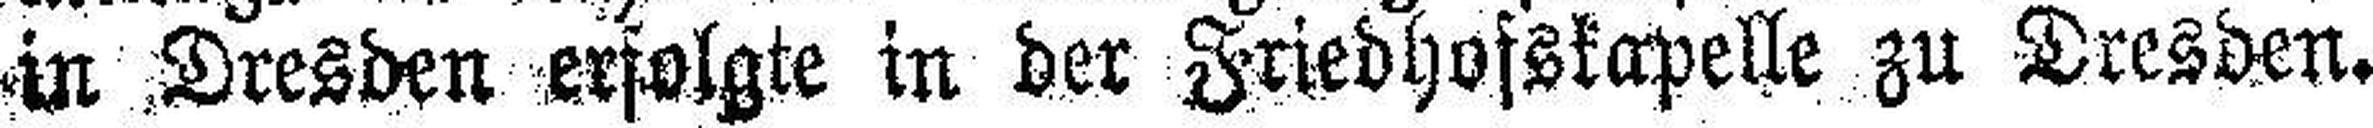
in Dresden erfolgte in der Friedhofskapelle zu Dresden.